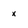
Character: x